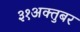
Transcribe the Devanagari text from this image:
३१अक्तुबर